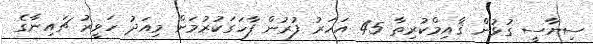
ސިޔާސީ ގުޅުން ޤާއިމްކުރިތާ 45 އަހަރު ފުރުން ފާހަގަކުރުމަށް މިއަދު ހަވީރު ޗައިނާގެ